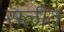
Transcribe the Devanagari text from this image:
सलीत